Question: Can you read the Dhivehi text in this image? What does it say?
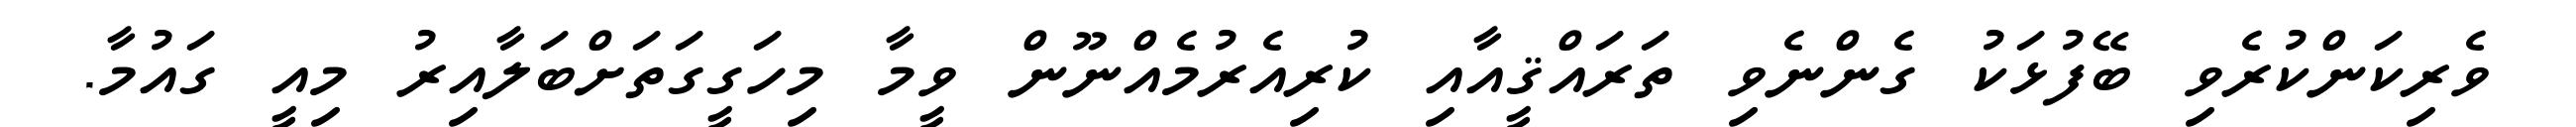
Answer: ވެރިކަންކުރެވި ބޭފުޅަކު ގެންނެވި ތަރައްޤީއާއި ކުރިއެރުމެއްނޫން ވީމާ މިހަގީގަތަށްބަލާއިރު މިއީ ގައުމާ.